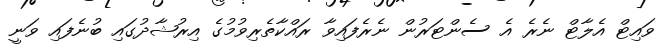
ވައިޓް އެލާޓް ނެރެ އެ ސެންޓަރުން ނެރެފައިވާ ރައްކާތެރިވުމުގެ އިރުޝާދުގައި ބުނެފައި ވަނީ